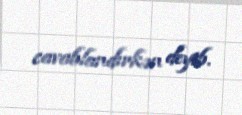
cavablandırkən deyib.